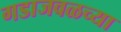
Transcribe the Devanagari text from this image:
गडाजवळच्या